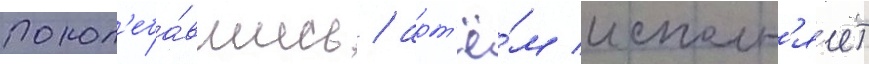
Покол'еба́вшись / арт'ё́м исполн'я́ет